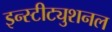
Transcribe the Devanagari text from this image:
इन्स्टीट्युशनल